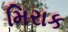
મિરાક